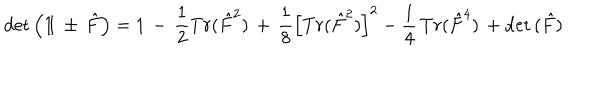
LaTeX: \mathrm { d e t } \left( 1 \! \! 1 \, \pm \, \hat { F } \right) = 1 \, - \, \frac { 1 } { 2 } T r ( \hat { F } ^ { 2 } ) \, + \, \frac { 1 } { 8 } \left[ T r ( \hat { F } ^ { 2 } ) \right] ^ { 2 } - \frac { 1 } { 4 } \, T r ( \hat { F } ^ { 4 } ) \, + \mathrm { d e t } \, ( \hat { F } )